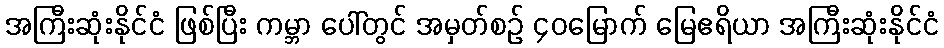
အကြီးဆုံးနိုင်ငံ ဖြစ်ပြီး ကမ္ဘာ ပေါ်တွင် အမှတ်စဉ် ၄၀မြောက် မြေဧရိယာ အကြီးဆုံးနိုင်ငံ